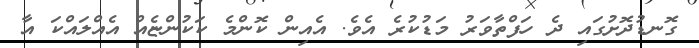
ގޮނޑުދޮށުގައި ދެ ހަފްތާވަރު މަޑުކުރެ އެވެ. އެއިން ކޮންމެ ކަކުންޏެއް އެއްލައްކަ އާ